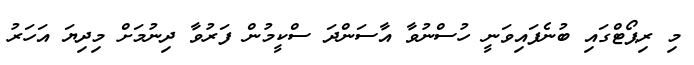
މި ރިޕޯޓްގައި ބުނެފައިވަނީ ހުސްނުވާ އާސަންދަ ސްކީމުން ފަރުވާ ދިނުމަށް މިދިޔަ އަހަރު